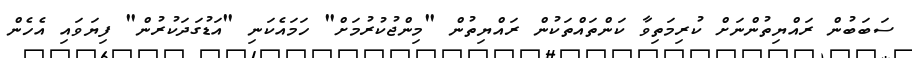
ސަބަބުން ރައްޔިތުންނަށް ކުރިމަތިވާ ކަންތައްތަކުން ރައްޔިތުން "މިންޖުކުރުމަށް" ހަމައެކަނި "އަޑުގަދަކުރުން" ފިޔަވައި އެހެން